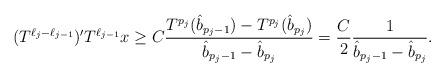
LaTeX: \begin{align*} ( T^{\ell_j - \ell_{j-1}} )' T^{\ell_{j-1}} x \ge C \frac{T^{p_j} ( \hat{b}_{p_j - 1}) - T^{p_j} ( \hat{b}_{p_j })}{ \hat{b}_{p_j - 1} - \hat{b}_{p_j} } = \frac{C}{2} \frac{1}{ \hat{b}_{p_j - 1} - \hat{b}_{p_j} }. \end{align*}